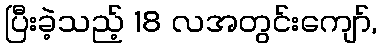
ပြီးခဲ့သည့် 18 လအတွင်းကျော်,